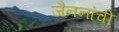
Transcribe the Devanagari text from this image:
जैननांची